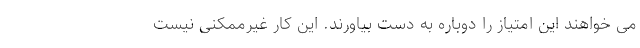
می خواهند این امتیاز را دوباره به دست بیاورند. این کار غیرممکنی نیست